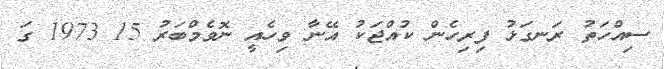
ސިއްހަތު ރަނގަޅު ފިރިހެން ކުއްޖަކު އޭނާ ވިހެއީ ނޮވެމްބަރު 15 1973 ގަ